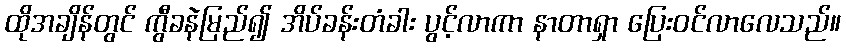
ထိုအချိန်တွင် ကွီခနဲမြည်၍ အိပ်ခန်းတံခါး ပွင့်လာကာ နာတာရှာ ပြေးဝင်လာလေသည်။